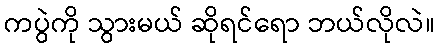
ကပွဲကို သွားမယ် ဆိုရင်ရော ဘယ်လိုလဲ။